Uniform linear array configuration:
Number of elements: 24
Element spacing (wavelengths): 1
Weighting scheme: blackman
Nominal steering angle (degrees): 30
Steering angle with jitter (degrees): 28.854
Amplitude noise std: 0.05
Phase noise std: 0.05

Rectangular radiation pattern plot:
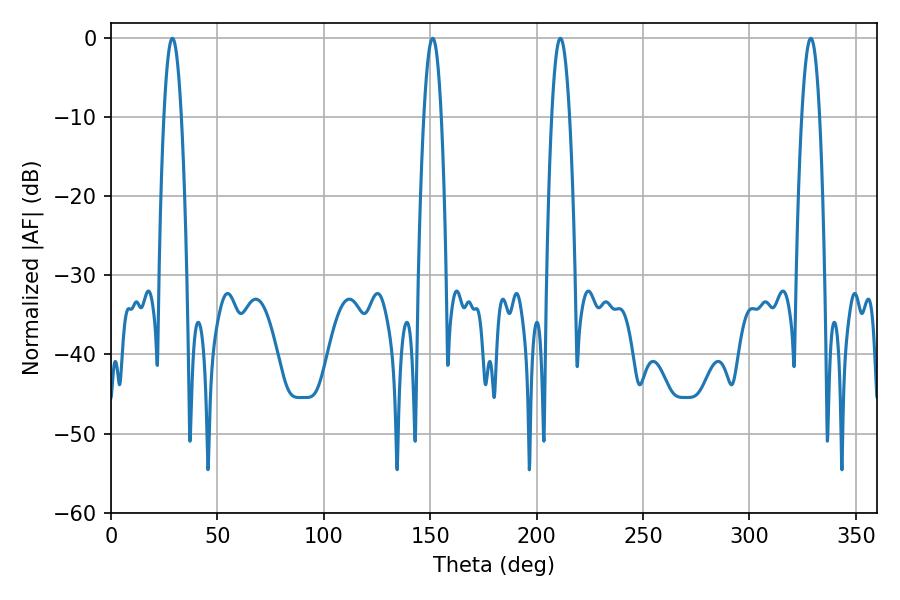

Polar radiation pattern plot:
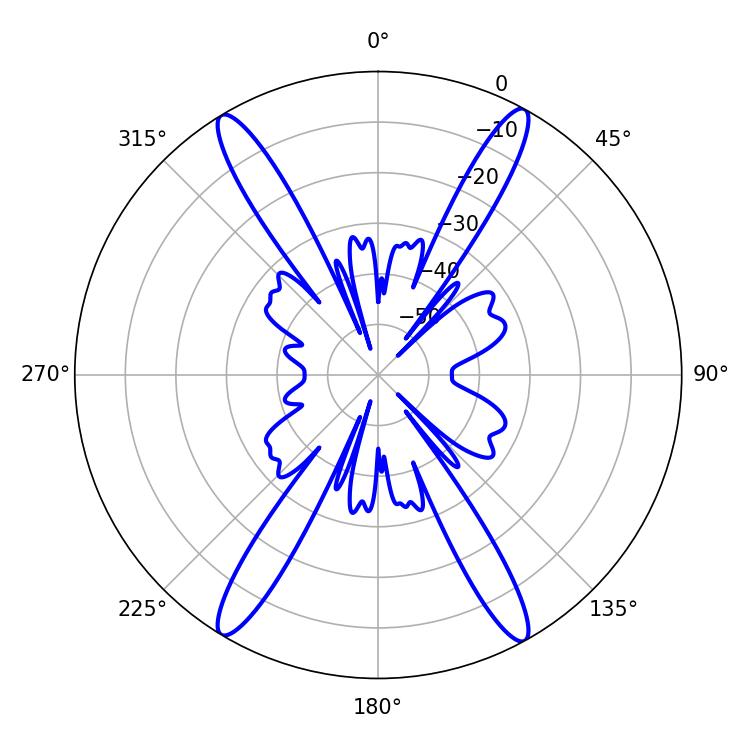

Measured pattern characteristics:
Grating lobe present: TRUE
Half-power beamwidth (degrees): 4.5
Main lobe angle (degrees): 211.14